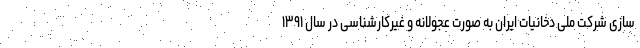
سازی شرکت ملی دخانیات ایران به صورت عجولانه و غیرکارشناسی در سال ۱۳۹۱